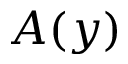
A ( y )